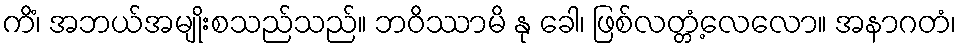
ကိံ၊ အဘယ်အမျိုးစသည်သည်။ ဘဝိဿာမိ နု ခေါ၊ ဖြစ်လတ္တံ့လေလော။ အနာဂတံ၊